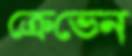
ক্রেভেন